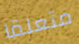
متعلقا